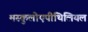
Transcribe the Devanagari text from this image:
मस्कुलोएपीथिलियल